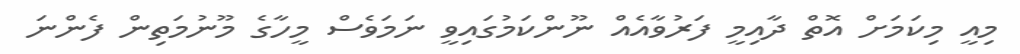
މިއީ މިކަމަށް އޮތް ދާއިމީ ފަރުވާއެއް ނޫންކަމުގައިވީ ނަމަވެސް މީހާގެ މޫނުމަތިން ފެންނަ